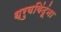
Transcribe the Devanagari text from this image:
ध्रुवबिंदूंना